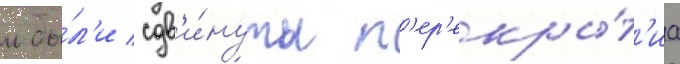
м бы́л'и сдв'и́нуты п'ер'екры́т'иа